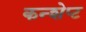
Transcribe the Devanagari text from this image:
कन्शेप्ट